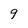
Character: 9